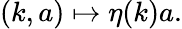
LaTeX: (k,a)\mapsto\eta(k)a.